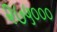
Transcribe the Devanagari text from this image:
२७५०००